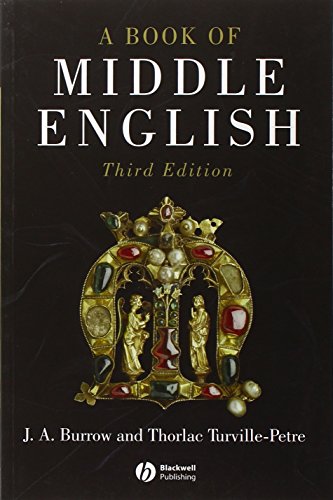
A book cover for A Book of Middle English; J. A. Burrow; Literature & Fiction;